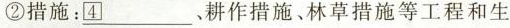
②措施：___耕作措施、林草措施等工程和生